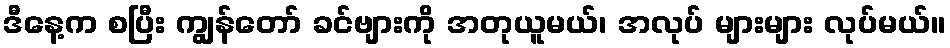
ဒီနေ့က စပြီး ကျွန်တော် ခင်ဗျားကို အတုယူမယ်၊ အလုပ် များများ လုပ်မယ်။